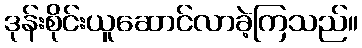
ဒုန်းစိုင်းယူဆောင်လာခဲ့ကြသည်။